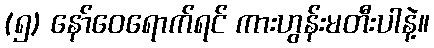
(၅) နော်ဝေရောက်ရင် ကားဟွန်းမတီးပါနဲ့။